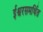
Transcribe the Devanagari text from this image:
ईश्वरसमर्थित